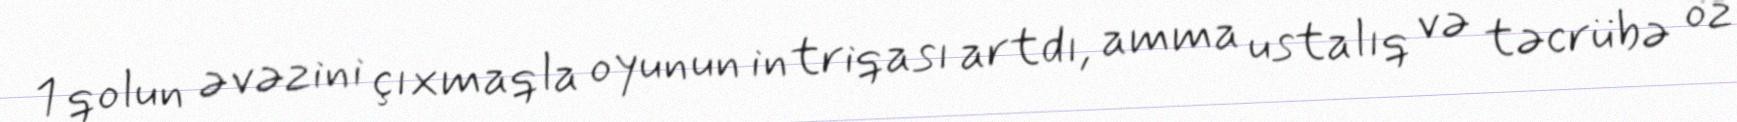
1 qolun əvəzini çıxmaqla oyunun intriqası artdı, amma ustalıq və təcrübə öz